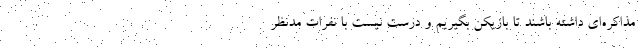
مذاکره‌ای داشته باشند تا بازیکن بگیریم و درست نیست با نفرات مدنظر